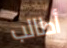
أطالب